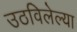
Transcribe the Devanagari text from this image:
उठविलेल्या